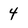
Character: 4